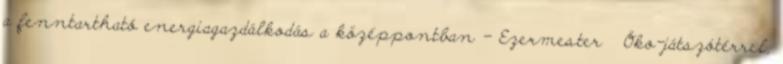
a fenntartható energiagazdálkodás a középpontban - Ezermester Öko-játszótérrel,